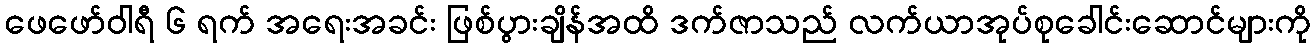
ဖေဖော်ဝါရီ ၆ ရက် အရေးအခင်း ဖြစ်ပွားချိန်အထိ ဒက်ဇာသည် လက်ယာအုပ်စုခေါင်းဆောင်များကို